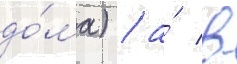
до́ма) / а́ в